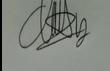
Signature authenticity: genuine